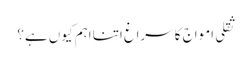
ثقلی امواج کا سراغ اتنا اہم کیوں ہے؟